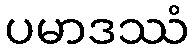
ပမာဒဿံ